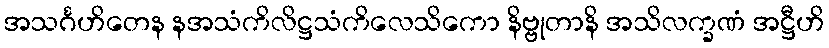
အသင်္ဂဟိတေန နအသံကိလိဋ္ဌသံကိလေသိကော နိဗ္ဗုတာနိ အသိလက္ခဏံ အဋ္ဌီဟိ